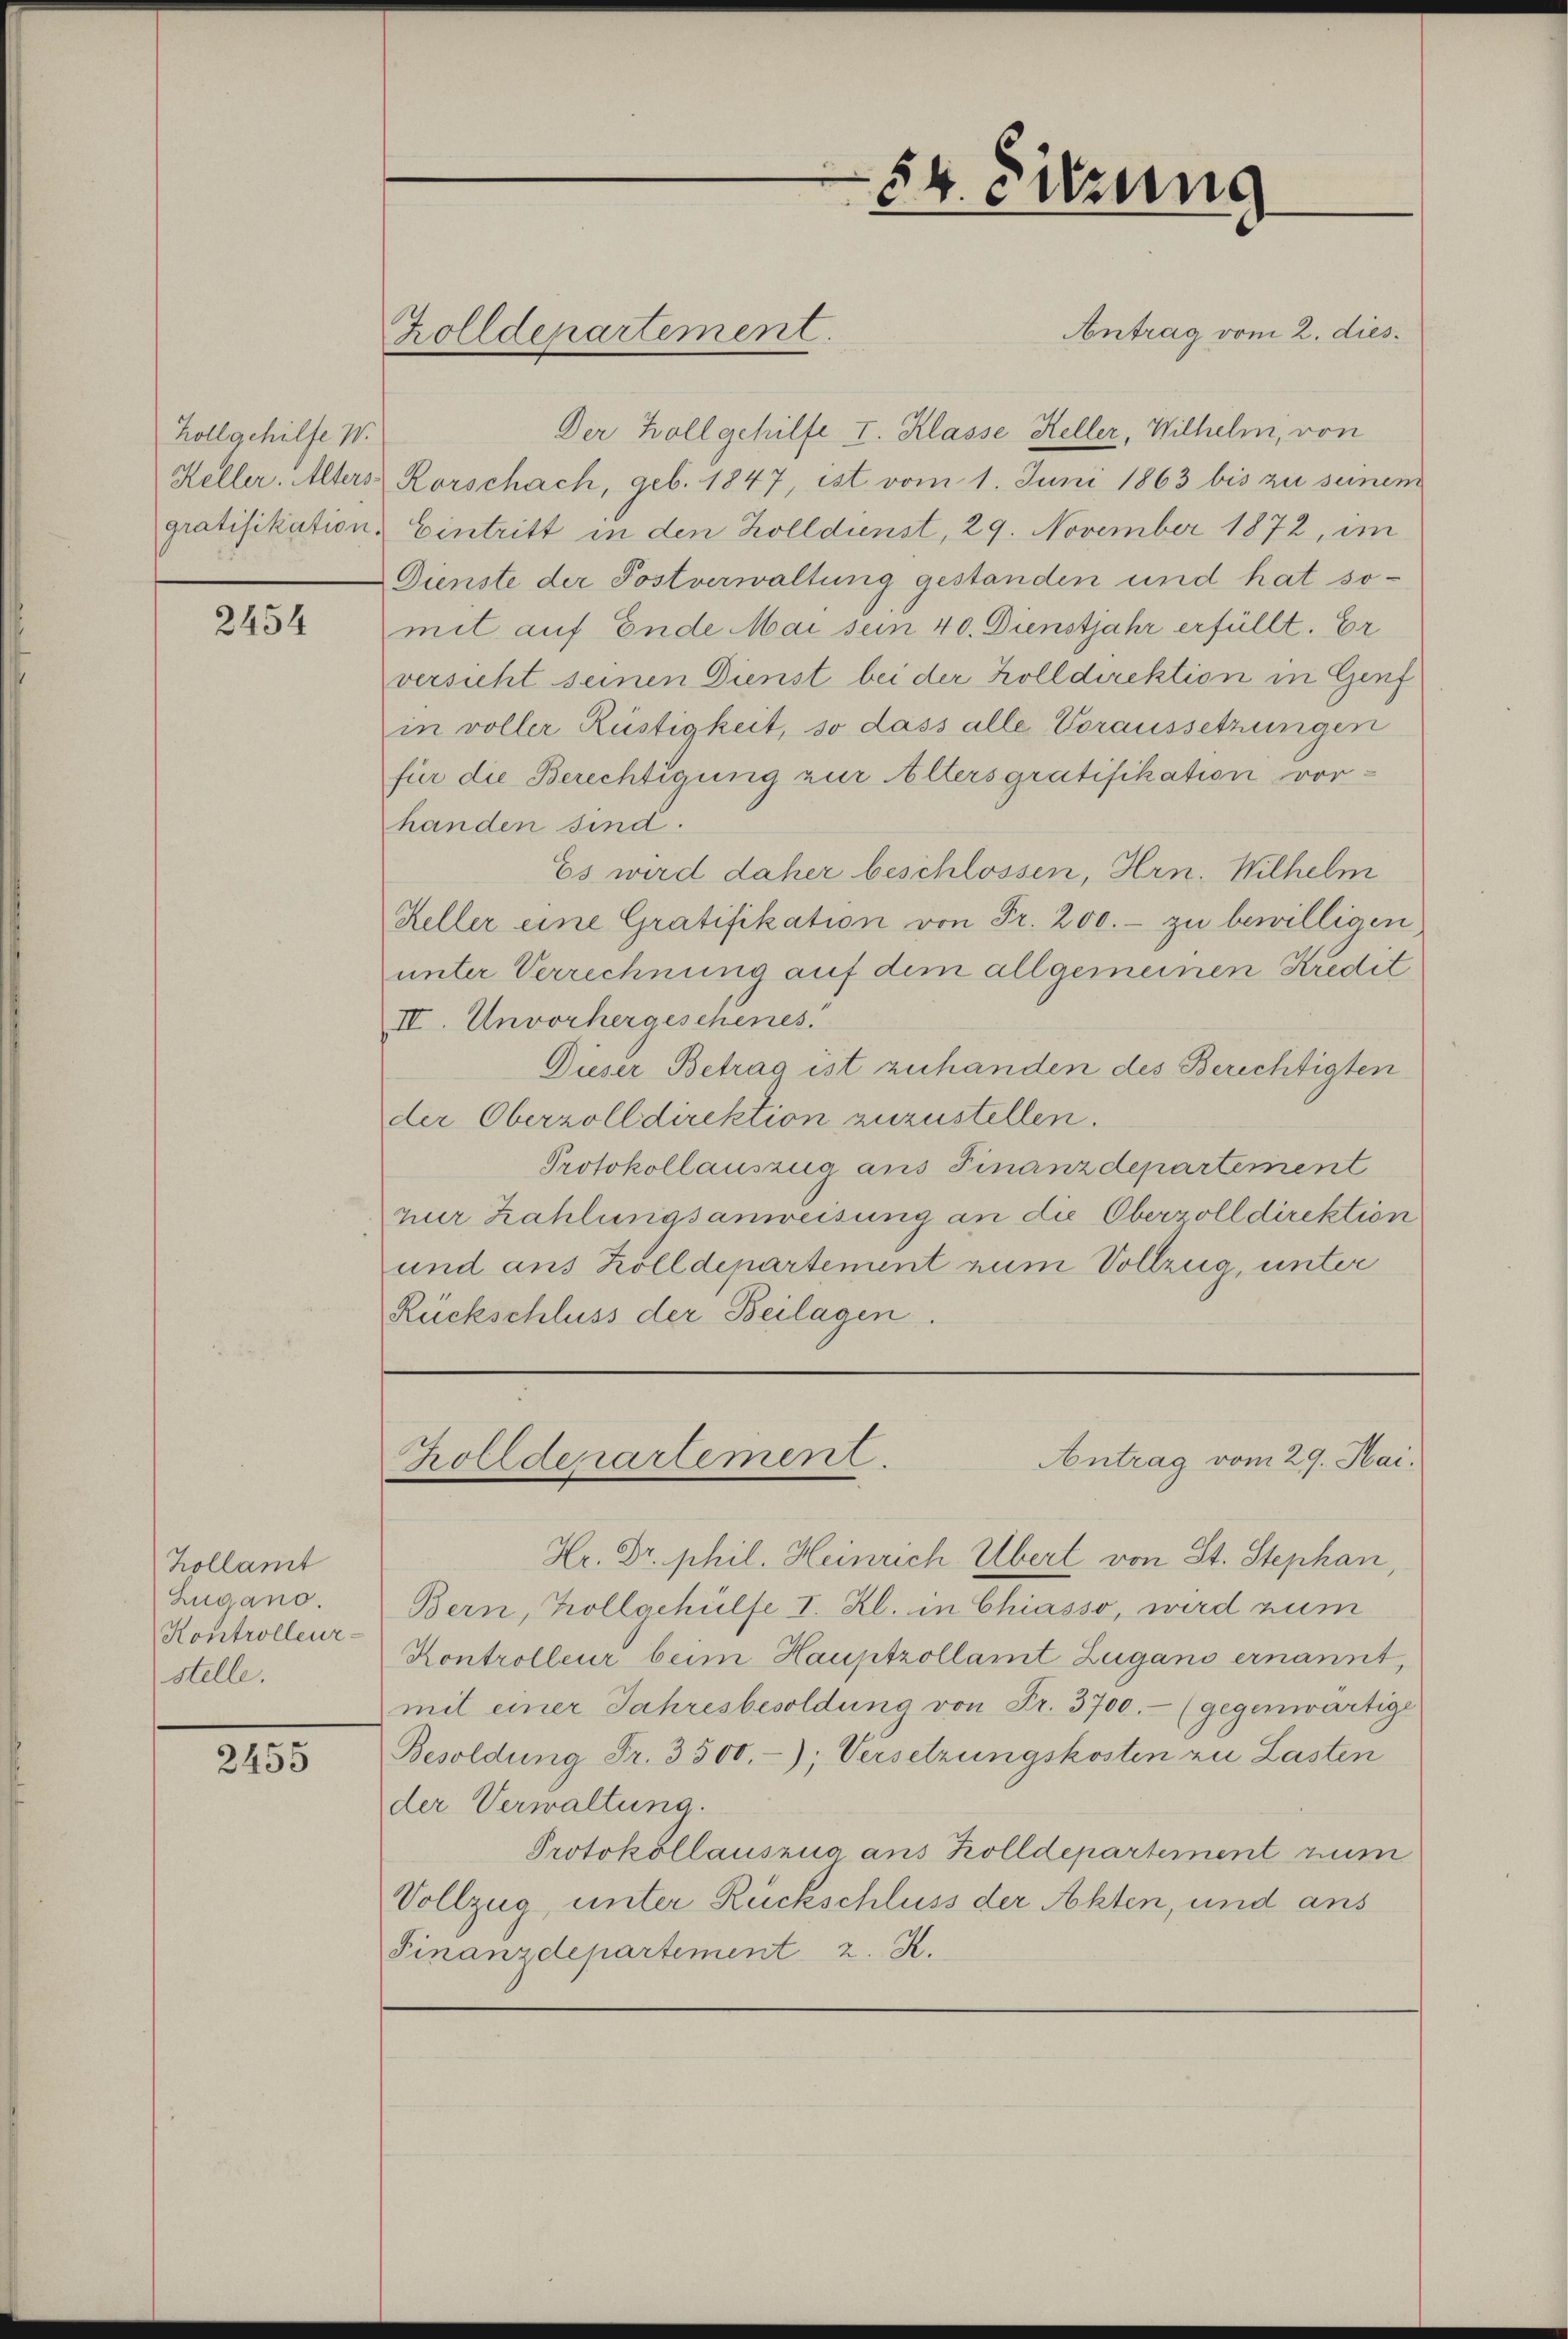
holl gehilfe W.
Heller. Alters
gratifikation.

2454

Kollamt
Lugano.
Kontrolleur-
stelle.

2455

Antrag vom 2. dies
Der Zollgehilfe I. Klasse Heller, Wilhelm, von
Rorschach, geb. 1847, ist vom 1. Juni 1863 bis zu seinen
Eintritt in den Zolldienst, 29. November 1872, im
Dienste der Postverwaltung gestanden und hat somit auf Ende Mai sein 40. Dienstjahr erfüllt. Er
versicht seinen Dienst bei der Zolldirektion in Genf
in voller Rüstigkeit, so dass alle Voraussetzungen
für die Berechtigung zur Altersgratifikation vorhanden sind.
Es wird daher beschlossen, Hrn. Wilhelm
Keller eine Gratifikation von Fr. 200. - zu bewilligen
unter Verrechnung auf dem allgemeinen Kredit
IV. Unvorhergesehenes.
Dieser Betrag ist zuhanden des Berichtigten
der Oberzolldirektion zuzustellen.
Protokollauszug aus Finanzdepartement
nur Zahlungsanweisung an die Oberzolldirektion
und aus Zolldepartement zum Vollzug, unter
Rückschluss der Beilagen.

Zolldepartement.

54. Sitzung

Hr. Dr. phil. Heinrich Übert von St. Stephan,
Bern, Kollaehülfe I. Zl. in Chiasso, wird zum
Kontrolleur beim Hauptzollamt Zugano ernannt,
mit einer Jahresbesoldung von Fr. 3700.- (gegenwärtige
Besoldung Fr. 3500.-); Versetzungskosten zu Lasten
der Verwaltung.
Protokollauszug ans Zolldepartement zum
Vollzug, unter Rückschluss der Akten, und ans
Finanzdepartement 2. K.

Antrag vom 29. Mai.
Zollderartement.